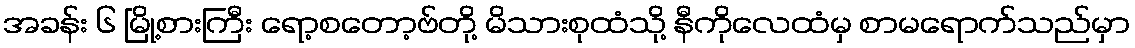
အခန်း ၆ မြို့စားကြီး ရော့စတော့ဗ်တို့ မိသားစုထံသို့ နီကိုလေထံမှ စာမရောက်သည်မှာ